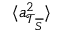
\langle \boldsymbol { a } _ { \mathcal { T } _ { \overline { { S } } } } ^ { 2 } \rangle